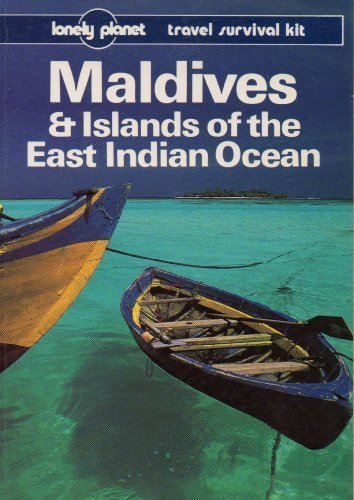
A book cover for Lonely Planet Maldives and the Islands of the East Indies (Lonely Planet Travel Survival Kit); Mark Balla; Travel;